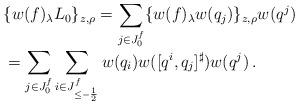
LaTeX: \begin{align*}\begin{array}{l}\displaystyle{\vphantom{\Big(}\{w(f)_\lambda L_0\}_{z,\rho}=\sum_{j\in J^f_0}\{ w(f)_\lambda w(q_j) \}_{z,\rho} w(q^j)} \\\displaystyle{\vphantom{\Big(}=\sum_{j\in J^f_0}\sum_{i\in J^f_{\leq-\frac12}}w(q_{i})w([q^{i},q_j]^\sharp)w(q^j)\,.}\end{array}\end{align*}